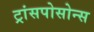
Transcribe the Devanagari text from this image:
ट्रांसपोसोन्स